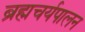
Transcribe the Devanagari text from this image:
ब्रह्मचर्यपालन